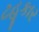
ટહૂકાર